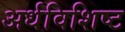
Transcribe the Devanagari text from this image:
अर्धविशिष्ट